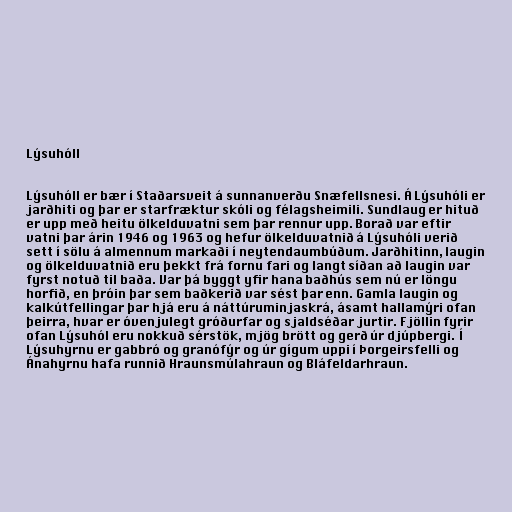
Lýsuhóll

Lýsuhóll er bær í Staðarsveit á sunnanverðu Snæfellsnesi. Á Lýsuhóli er
jarðhiti og þar er starfræktur skóli og félagsheimili. Sundlaug er hituð
er upp með heitu ölkelduvatni sem þar rennur upp. Borað var eftir
vatni þar árin 1946 og 1963 og hefur ölkelduvatnið á Lýsuhóli verið
sett í sölu á almennum markaði í neytendaumbúðum. Jarðhitinn, laugin
og ölkelduvatnið eru þekkt frá fornu fari og langt síðan að laugin var
fyrst notuð til baða. Var þá byggt yfir hana baðhús sem nú er löngu
horfið, en þróin þar sem baðkerið var sést þar enn. Gamla laugin og
kalkútfellingar þar hjá eru á náttúruminjaskrá, ásamt hallamýri ofan
þeirra, hvar er óvenjulegt gróðurfar og sjaldséðar jurtir. Fjöllin fyrir
ofan Lýsuhól eru nokkuð sérstök, mjög brött og gerð úr djúpbergi. Í
Lýsuhyrnu er gabbró og granófýr og úr gígum uppi í Þorgeirsfelli og
Ánahyrnu hafa runnið Hraunsmúlahraun og Bláfeldarhraun.